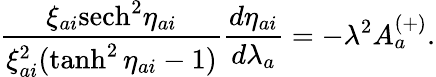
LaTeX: \frac{\xi_{ai}\mathrm{sech}^{2}\eta_{ai}}{\xi_{ai}^{2}(\operatorname{tanh}^{2}\eta_{ai}-1)}\frac{d\eta_{ai}}{d\lambda_{a}}=-\lambda^{2}A_{a}^{(+)}.